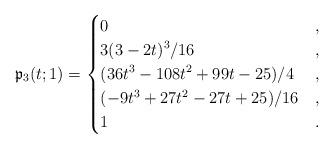
LaTeX: \begin{align*} \displaystyle {\mathfrak p}_{3}(t;1)= \begin{cases} 0&, \\\displaystyle 3(3-2t)^3/16 &, \\\displaystyle (36t^3-108t^2+99t-25)/4& ,\\ (-9t^3+27t^2-27t+25)/16&,\\ 1&. \end{cases} \end{align*}